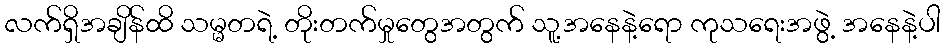
လက်ရှိအချိန်ထိ သမ္မတရဲ့ တိုးတက်မှုတွေအတွက် သူ့အနေနဲ့ရော ကုသရေးအဖွဲ့ အနေနဲ့ပါ